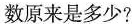
数原来是多少?